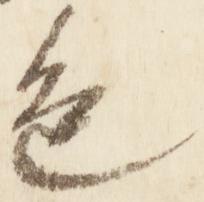
色